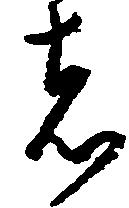
者